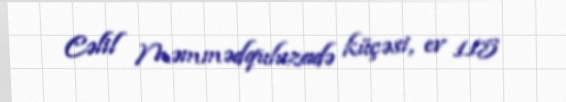
Cəlil Məmmədquluzadə küçəsi, ev 115